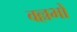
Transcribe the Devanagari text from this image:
वल्लभों